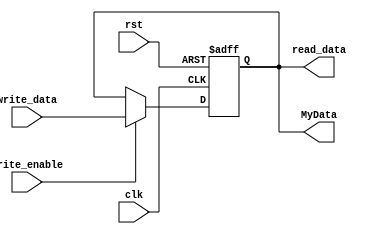
module register#(parameter regBits =16 )(write_enable,read_data,write_data,rst,clk,MyData);
input clk;
input rst;
input write_enable;
input [regBits-1:0] write_data;
output [regBits-1:0] read_data;
reg[regBits-1:0] read_data;
output[regBits-1:0] MyData;
reg[regBits-1:0] MyData;

always @*
begin
read_data= MyData;
end

always@(negedge clk or posedge rst)
begin
if(rst)
   MyData=0;
else if(write_enable)
 begin
 MyData=write_data;
 end
////////////////
end


endmodule